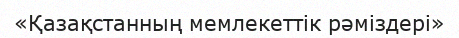
«Қазақстанның мемлекеттік рәміздері»